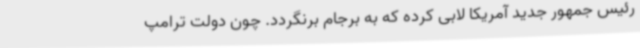
رئیس جمهور جدید آمریکا لابی کرده که به برجام برنگردد. چون دولت ترامپ